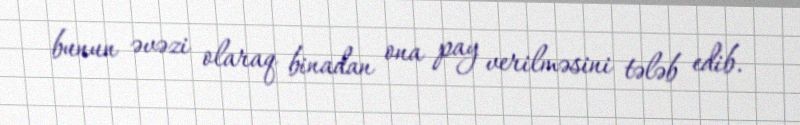
bunun əvəzi olaraq binadan ona pay verilməsini tələb edib.